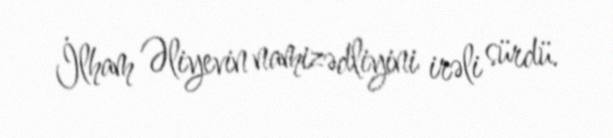
İlham Əliyevin namizədliyini irəli sürdü.